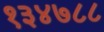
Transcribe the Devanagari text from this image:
१३४७८८